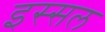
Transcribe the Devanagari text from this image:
इस्सल